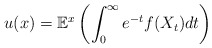
\begin{align*} u(x)=\mathbb{E}^x\left(\int_0^\infty e^{-t}f(X_t)dt\right)\end{align*}